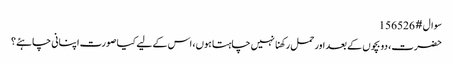
سوال # 156526
حضرت، دو بچوں کے بعد اور حمل رکھنا نہیں چاہتا ہوں، اس کے لیے کیا صورت اپنانی چاہئے؟